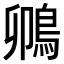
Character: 𫚵